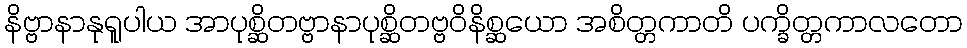
နိဗ္ဗာနာနုရူပါယ အာပုစ္ဆိတဗ္ဗာနာပုစ္ဆိတဗ္ဗဝိနိစ္ဆယော အစိတ္တကာတိ ပက္ခိတ္တကာလတော